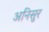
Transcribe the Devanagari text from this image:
अनिसुर